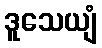
ဒူသေယျံ